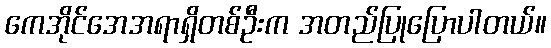
ကေအိုင်အေအရာရှိတစ်ဦးက အတည်ပြုပြောပါတယ်။